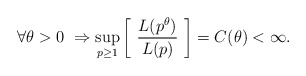
\begin{align*} \forall \theta > 0 \ \Rightarrow \sup_{p \ge 1} \left[ \ \frac{L(p^{\theta})}{L(p)} \ \right] = C(\theta) < \infty.\end{align*}